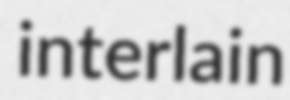
interlain